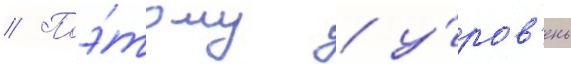
// Поэ́тому / у́ров'ень